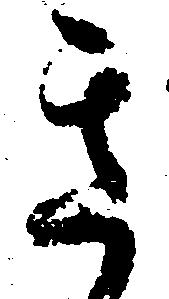
き